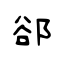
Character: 郤